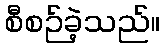
စီစဉ်ခဲ့သည်။